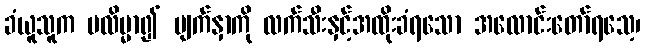
ခံယူသူက မလိမ္မာ၍ မျက်နှာကို လက်သီးနှင့်အထိုးခံရသော အလောင်းတော်ရသေ့၊